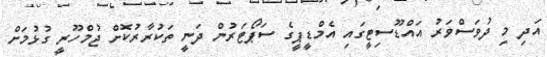
އަދި މި ދުވަސްވަރު އައްޑޫސިޓީގައި އެމްޑީޕީގެ ސަޕޯޓަރުން ދަނީ ތަކުރާރުކޮށް ޖުމްހޫރީ ގުޅުމަށް